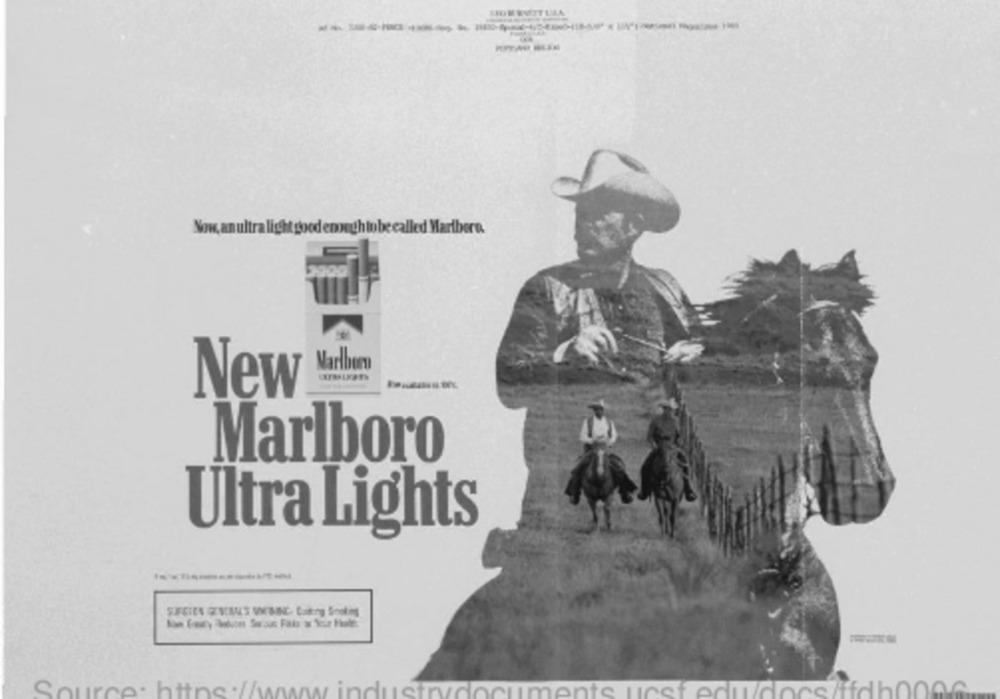
Now, an ultralight good
obecalled Maribore.
Marlbemn
New
Marlboro
Ultra Lights
Source: https://www.industrydocuments.ucsf edu/docs/ffdh000G